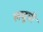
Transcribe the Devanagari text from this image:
लघूची